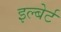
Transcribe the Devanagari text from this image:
इल्बेर्ट